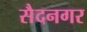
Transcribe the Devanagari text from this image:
सैदनगर